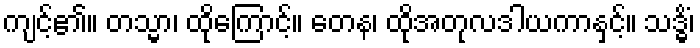
ကျင့်၏။ တသ္မာ၊ ထိုကြောင့်။ တေန၊ ထိုအတုလဒါယကာနှင့်။ သဒ္ဓိံ၊